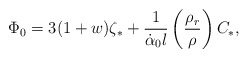
\begin{align*}\Phi_0=3(1+w) \zeta_{\ast}+\frac{1}{\dot{\alpha}_0 l} \left(\frac{\rho_r}{\rho} \right) C_{\ast},\end{align*}